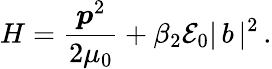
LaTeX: H=\frac{\boldsymbol{p}^{2}}{2\mu_{0}}+{\beta_{2}{\cal E}_{0}}|\, b\, |^{2}\, .